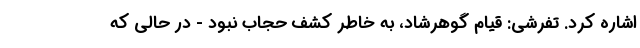
اشاره کرد. تفرشی: قیام گوهر‌شاد، به خاطر کشف حجاب نبود - در حالی که